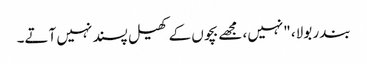
بندر بولا، "نہیں، مجھے بچوں کے کھیل پسند نہیں آتے۔